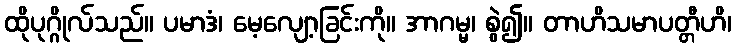
ထိုပုဂ္ဂိုလ်သည်။ ပမာဒံ၊ မေ့လျော့ခြင်းကို။ အာဂမ္မ၊ စွဲ၍။ တာဟိသမာပတ္တီဟိ၊